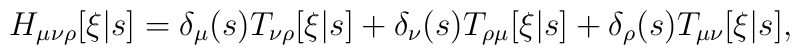
H_{\mu\nu\rho}[\xi|s] = \delta_\mu(s) T_{\nu\rho}[\xi|s] + \delta_\nu(s)   T_{\rho\mu}[\xi|s] + \delta_\rho(s) T_{\mu\nu}[\xi|s],